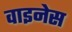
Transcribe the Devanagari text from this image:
वाइनेस